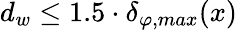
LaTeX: d_{w}\leq 1.5\cdot\delta_{\varphi,max}(x)